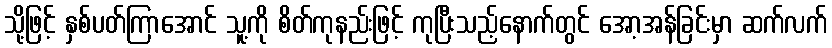
သို့ဖြင့် နှစ်ပတ်ကြာအောင် သူ့ကို စိတ်ကုနည်းဖြင့် ကုပြီးသည့်နောက်တွင် အော့အန်ခြင်းမှာ ဆက်လက်